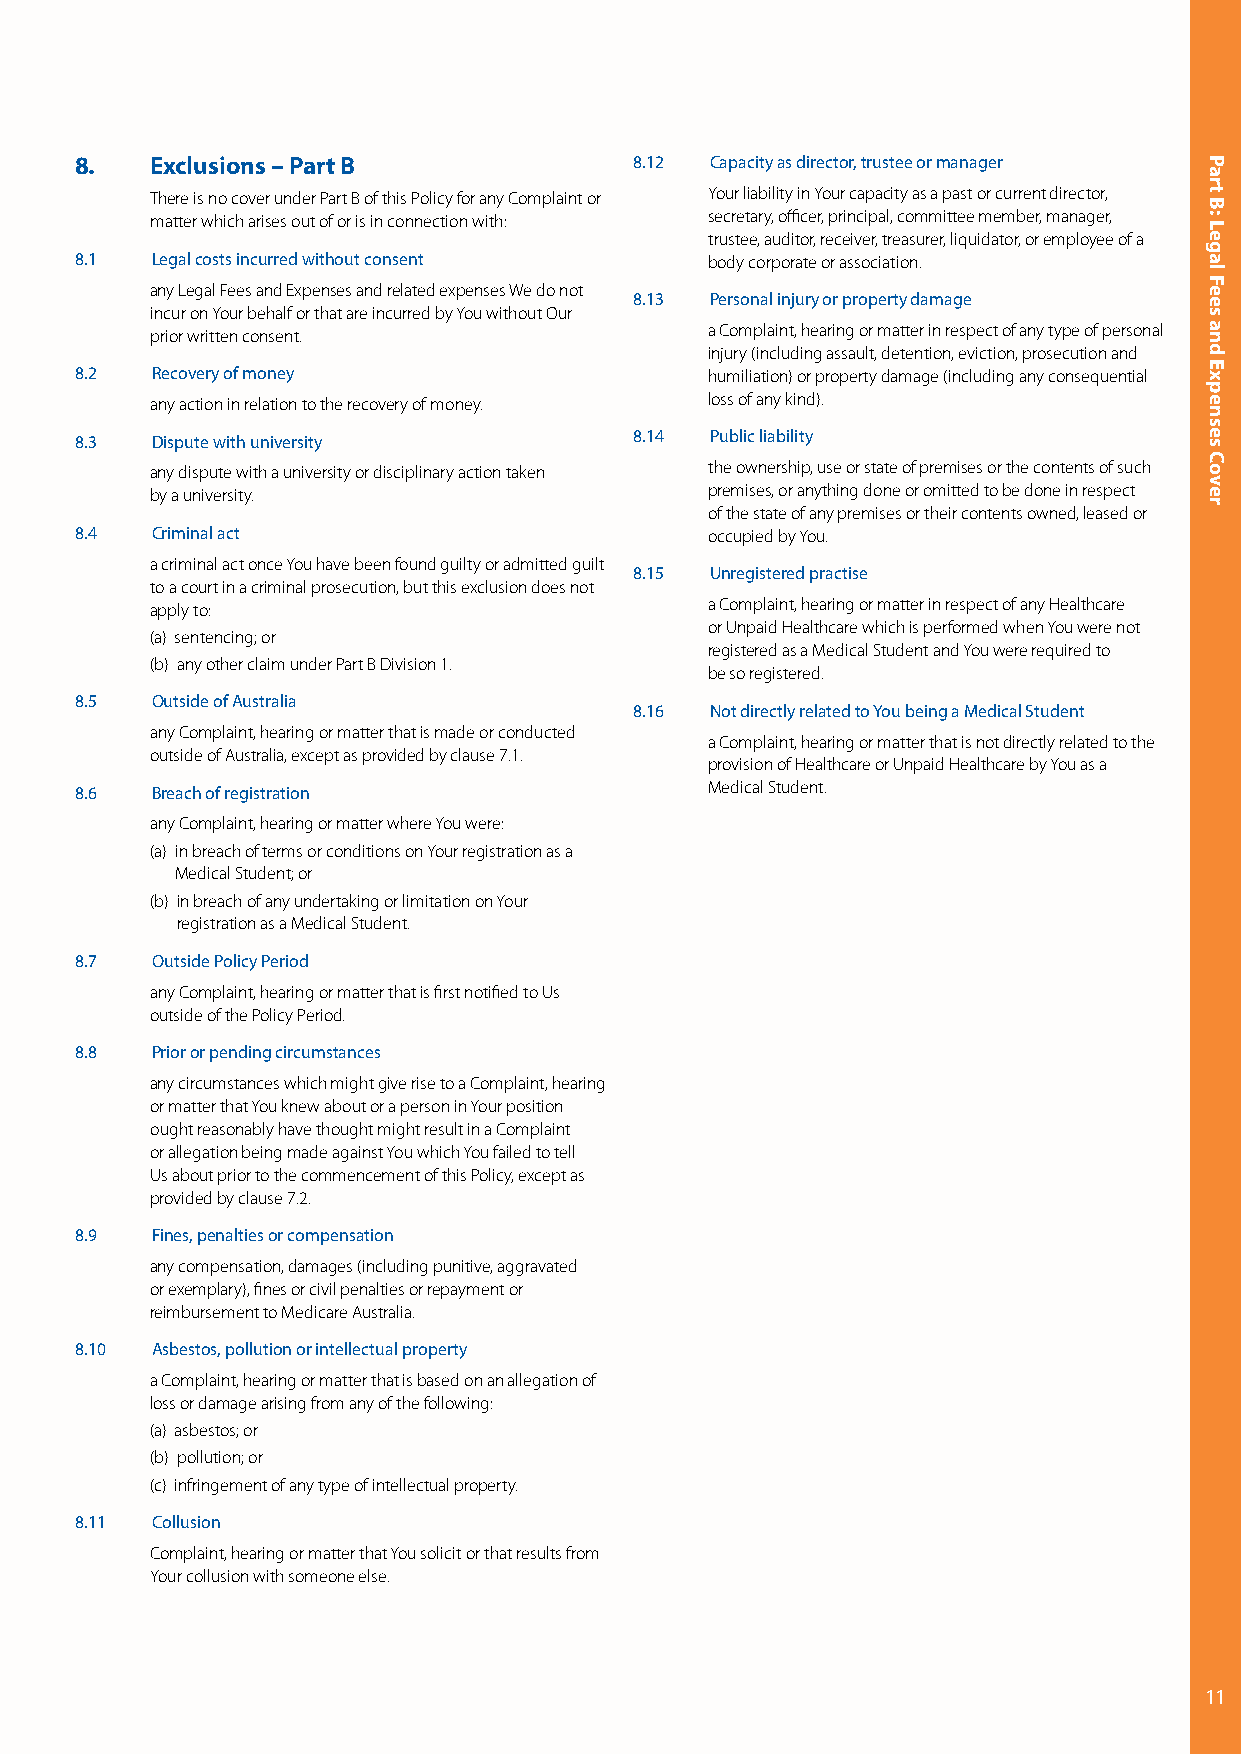
8.   Exclusions – Part B             8.12 Capacity as director, trustee or manager
 T here is no cover under Part B of this Policy for any Complaint or Y our liability in Your capacity as a past or current director,
 matter which arises out of or is in connection with: secretary, officer, principal, committee member, manager,
 trustee, auditor, receiver, treasurer, liquidator, or employee of a
 8.1  Legal costs incurred without consent body corporate or association.
 a ny Legal Fees and Expenses and related expenses We do not
 8.13 Personal injury or property damage
 incur on Your behalf or that are incurred by You without Our
 prior written consent.               a Complaint, hearing or matter in respect of any type of personal
 injury (including assault, detention, eviction, prosecution and
 8.2  Recovery of money                    humiliation) or property damage (including any consequential
 any action in relation to the recovery of money. loss of any kind).
 8.3  Dispute with university         8.14 Public liability
 a ny dispute with a university or disciplinary action taken t he ownership, use or state of premises or the contents of such
 by a university.                     premises, or anything done or omitted to be done in respect
 of the state of any premises or their contents owned, leased or
 8.4  Criminal act                         occupied by You.
 a criminal act once You have been found guilty or admitted guilt
 8.15 Unregistered practise
 to a court in a criminal prosecution, but this exclusion does not
 apply to:                            a Complaint, hearing or matter in respect of any Healthcare
 or Unpaid Healthcare which is performed when You were not
 (a) sentencing; or
 registered as a Medical Student and You were required to
 (b) any other claim under Part B Division 1.
 be so registered.
 8.5  Outside of Australia
 8.16 Not directly related to You being a Medical Student
 a ny Complaint, hearing or matter that is made or conducted
 a Complaint, hearing or matter that is not directly related to the
 outside of Australia, except as provided by clause 7.1.
 provision of Healthcare or Unpaid Healthcare by You as a
 8.6  Breach of registration               Medical Student.
 any Complaint, hearing or matter where You were:
 (a) in breach of terms or conditions on Your registration as a
 Medical Student; or
 (b) in breach of any undertaking or limitation on Your
 registration as a Medical Student.
 8.7  Outside Policy Period
 a ny Complaint, hearing or matter that is first notified to Us
 outside of the Policy Period.
 8.8  Prior or pending circumstances
 a ny circumstances which might give rise to a Complaint, hearing
 or matter that You knew about or a person in Your position
 ought reasonably have thought might result in a Complaint
 or allegation being made against You which You failed to tell
 Us about prior to the commencement of this Policy, except as
 provided by clause 7.2.
 8.9  Fines, penalties or compensation
 a ny compensation, damages (including punitive, aggravated
 or exemplary), fines or civil penalties or repayment or
 reimbursement to Medicare Australia.
 8.10 Asbestos, pollution or intellectual property
 a Complaint, hearing or matter that is based on an allegation of
 loss or damage arising from any of the following:
 (a) asbestos; or
 (b) pollution; or
 (c) infringement of any type of intellectual property.
 8.11 Collusion
 C omplaint, hearing or matter that You solicit or that results from
 Your collusion with someone else.
 11
 Part
 B:
 Legal
 Fees
 and
 Expenses
 Cover